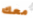
معك